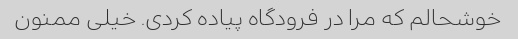
خوشحالم که مرا در فرودگاه پیاده کردی. خیلی ممنون